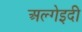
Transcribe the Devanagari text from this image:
अल्गेइदी